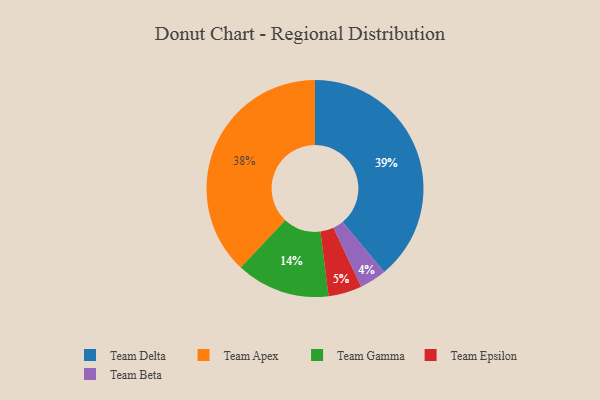
{"axis": {"x": "Category", "y": "Percentage"}, "legend": ["Team Apex", "Team Beta", "Team Delta", "Team Epsilon", "Team Gamma"], "data": [{"x": "Team Beta", "y": 4, "type": "Team Beta"}, {"x": "Team Gamma", "y": 14, "type": "Team Gamma"}, {"x": "Team Delta", "y": 39, "type": "Team Delta"}, {"x": "Team Apex", "y": 38, "type": "Team Apex"}, {"x": "Team Epsilon", "y": 5, "type": "Team Epsilon"}]}